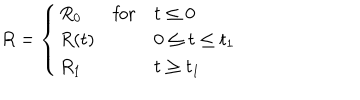
LaTeX: R = \left\{ \begin{array} { l l l } { { R _ { 0 } } } & { { \mathrm { f o r } } } & { { t \leq 0 } } \\ { { R ( t ) } } & { { } } & { { 0 \leq t \leq t _ { 1 } } } \\ { { R _ { 1 } } } & { { } } & { { t \geq t _ { 1 } } } \\ \end{array} \right.